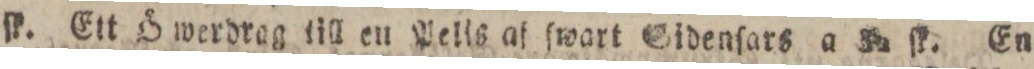
ſk. Ett Ö werdrag till en Pelis af ſwart Sidenſars a 32 ſk. En